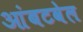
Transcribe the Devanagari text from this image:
आंबटवेल